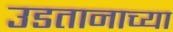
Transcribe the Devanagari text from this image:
उडतानाच्या